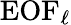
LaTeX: \textrm{EOF}_{\ell}